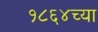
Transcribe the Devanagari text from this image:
१८६४च्या